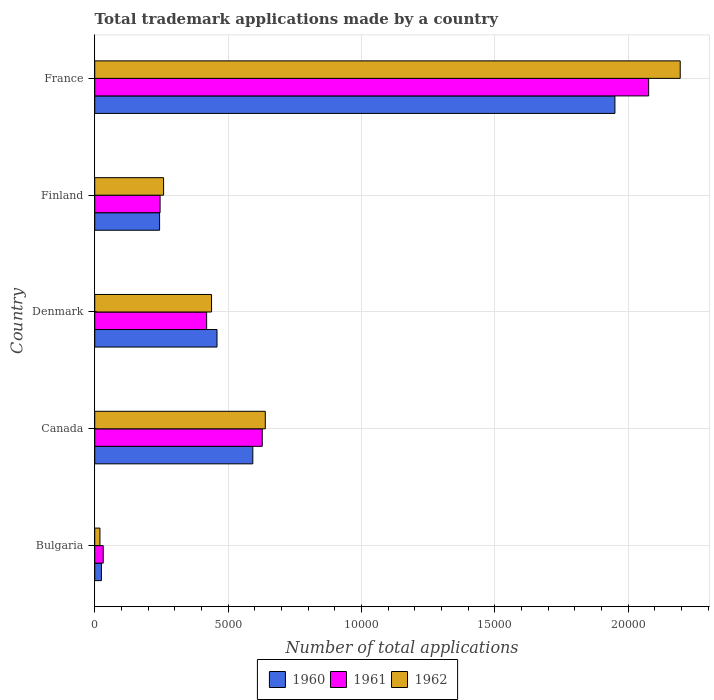
| Country | 1960 | 1961 | 1962 |
 | --- | --- | --- | --- |
 | Bulgaria | 250 | 318 | 195 |
 | Canada | 5.93e+03 | 6.28e+03 | 6.4e+03 |
 | Denmark | 4.58e+03 | 4.2e+03 | 4.38e+03 |
 | Finland | 2.43e+03 | 2.45e+03 | 2.58e+03 |
 | France | 1.95e+04 | 2.08e+04 | 2.2e+04 |